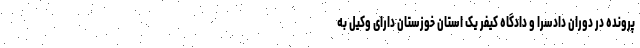
پرونده در دوران دادسرا و دادگاه کیفر یک استان خوزستان دارای وکیل به